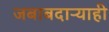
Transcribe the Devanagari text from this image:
जबाबदाऱ्याही